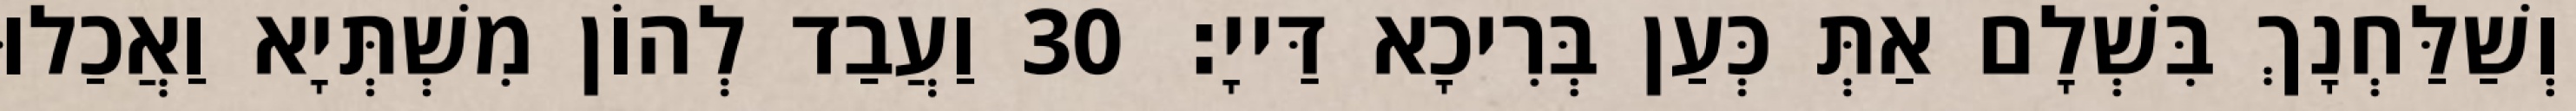
וְשַׁלַּחְנָךְ בִּשְׁלָם אַתְּ כְּעַן בְּרִיכָא דַּייָ׃ 30 וַעֲבַד לְהוֹן מִשְׁתְּיָא וַאֲכַלוּ